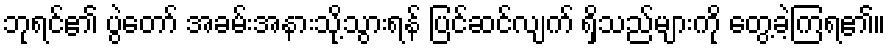
ဘုရင်၏ ပွဲတော် အခမ်းအနားသို့သွားရန် ပြင်ဆင်လျက် ရှိသည်များကို တွေ့ခဲ့ကြရ၏။